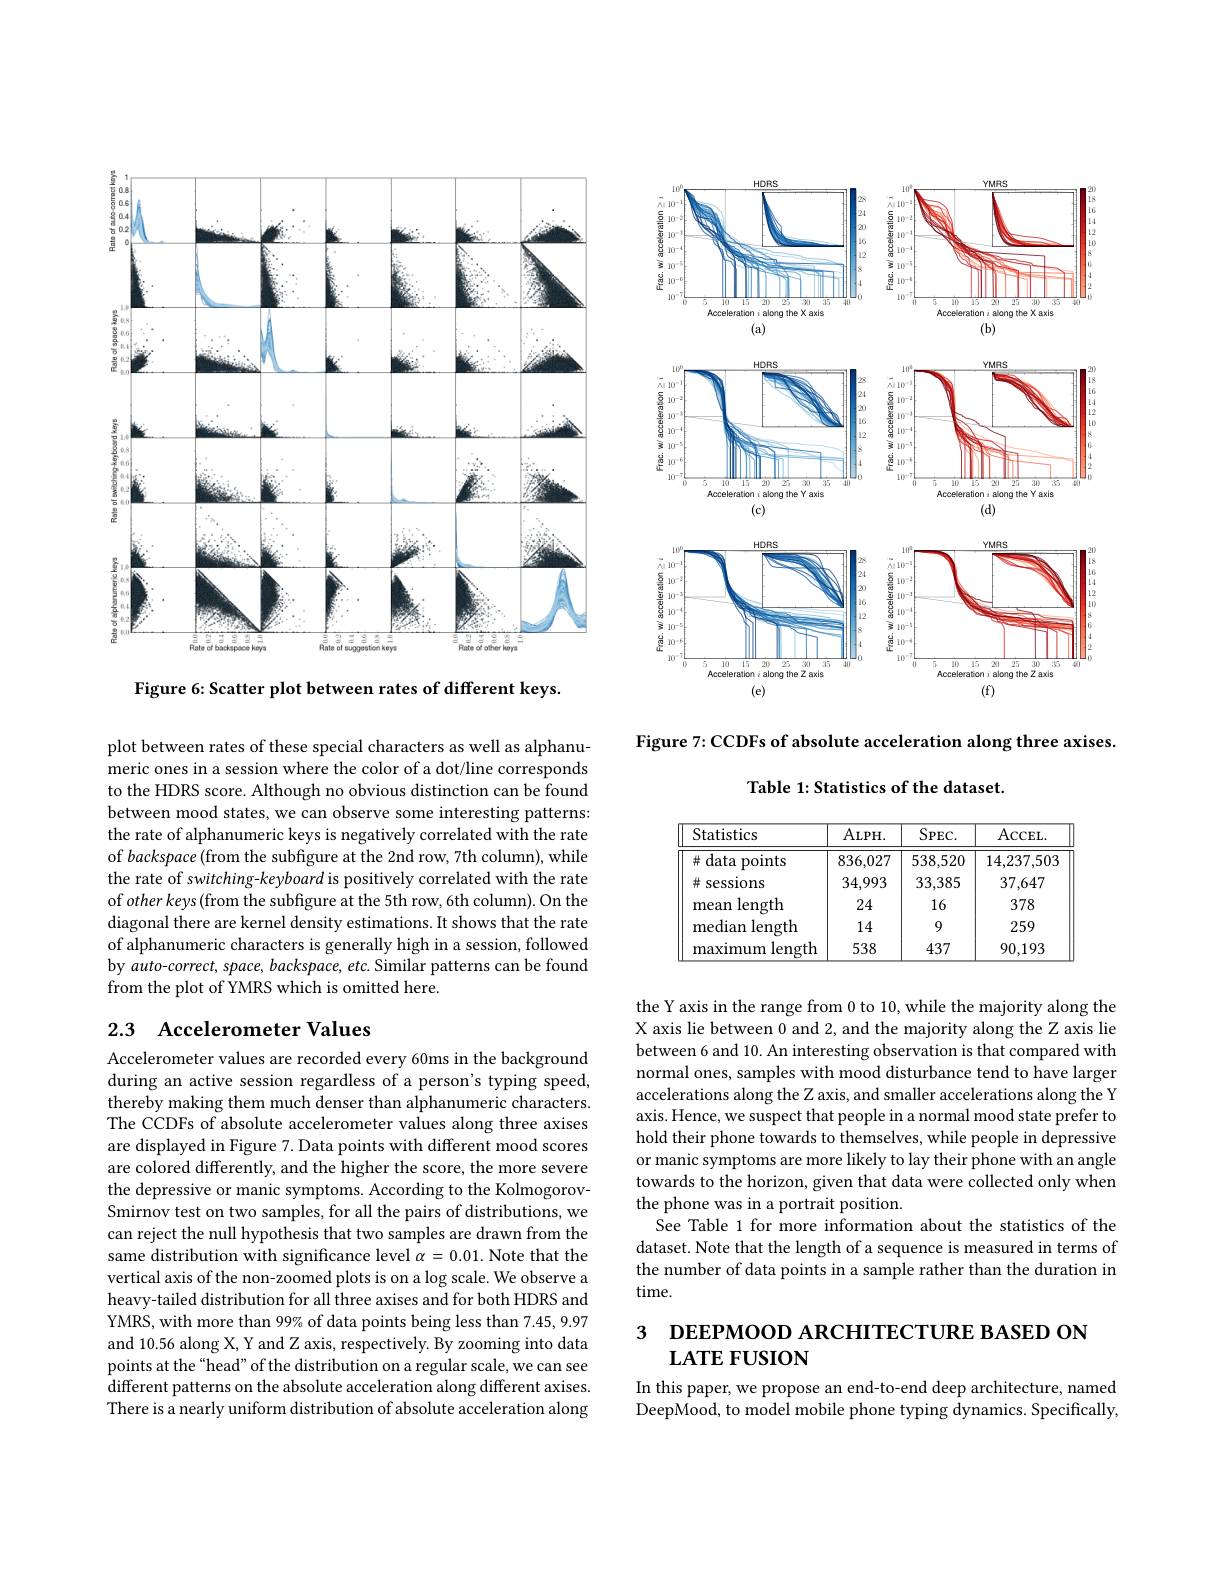
<FigureHere>

Figure 7: CCDFs of absolute acceleration along three axises.

Table 1: Statistics of the dataset.

plot between rates of these special characters as well as alphanumeric ones in a session where the color of a dot/line corresponds to the HDRS score. Although no obvious distinction can be found between mood states, we can observe some interesting patterns: the rate of alphanumeric keys is negatively correlated with the rate of backspace (from the subfigure at the 2nd row, 7th column), while the rate of switching-keyboard is positively correlated with the rate of other keys (from the subfigure at the 5th row, 6th column). On the diagonal there are kernel density estimations. It shows that the rate of alphanumeric characters is generally high in a session, followed by auto-correct, space, backspace, etc. Similar patterns can be found from the plot of YMRS which is omitted here.

<table>
	<tbody>
		<tr>
			<th>Statistics</th>
			<th>$ALPH.$</th>
			<th>$SPEC.$</th>
			<th>ACCEL.</th>
		</tr>
		<tr>
			<td>data points 井</td>
			<td>836,027</td>
			<td>538,520</td>
			<td>14,237,503</td>
		</tr>
		<tr>
			<td>sessions 井</td>
			<td>34,993</td>
			<td>33,385</td>
			<td>37,647</td>
		</tr>
		<tr>
			<td>length mean</td>
			<td>24</td>
			<td>16</td>
			<td>378</td>
		</tr>
		<tr>
			<td>median $\textbf{length}$</td>
			<td>14</td>
			<td>9</td>
			<td>259</td>
		</tr>
		<tr>
			<td>length maximum</td>
			<td>538</td>
			<td>437</td>
			<td>90,193</td>
		</tr>
	</tbody>
</table>

## 2.3 Accelerometer Values

the Y axis in the range from 0 to 10, while the majority along the X axis lie between 0 and 2, and the majority along the Z axis lie between 6 and 10. An interesting observation is that compared with normal ones, samples with mood disturbance tend to have larger accelerations along the Z axis, and smaller accelerations along the Y axis. Hence, we suspect that people in a normal mood state prefer to hold their phone towards to themselves, while people in depressive or manic symptoms are more likely to lay their phone with an angle towards to the horizon, given that data were collected only when the phone was in a portrait position.
See Table 1 for more information about the statistics of the dataset. Note that the length of a sequence is measured in terms of the number of data points in a sample rather than the duration in time.

Accelerometer values are recorded every 60ms in the background during an active session regardless of a person's typing speed, thereby making them much denser than alphanumeric characters. The CCDFs of absolute accelerometer values along three axises are displayed in Figure 7. Data points with different mood scores are colored differently, and the higher the score, the more severe the depressive or manic symptoms. According to the KolmogorovSmirnov test on two samples, for all the pairs of distributions, we can reject the null hypothesis that two samples are drawn from the same distribution with significance level $\alpha=0.01.$ Note that the vertical axis of the non-zoomed plots is on a log scale. We observe a heavy-tailed distribution for all three axises and for both HDRS and YMRS, with more than 99% of data points being less than 7.45, 9.97 and 10.56 along X, Y and Z axis, respectively. By zooming into data points at the “head” of the distribution on a regular scale, we can see different patterns on the absolute acceleration along different axises. There is a nearly uniform distribution of absolute acceleration along

# 3 DEEPMOOD ARCHITECTURE BASED ON $\mathbf{LATEFUSION}$

In this paper, we propose an end-to-end deep architecture, named DeepMood, to model mobile phone typing dynamics. Specifically,